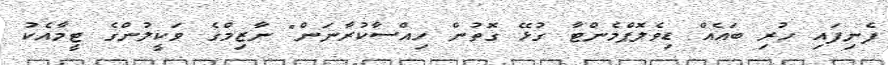
ފެނިފައި ހުރި ބައެއް ޑިވެލޮޕްމެންޓާ ގުޅޭ ގޮތުން ހިއްސާކުރާނަން" ނާޒިމްގެ ވަކީލުންގެ ޓީމާއެކު